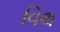
વિથ